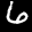
Label: 6